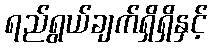
ရည်ရွယ်ချက်ရှိရှိနှင့်